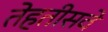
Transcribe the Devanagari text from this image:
तेहतीसवे